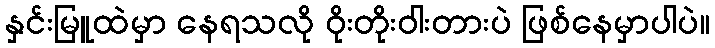
နှင်းမြူထဲမှာ နေရသလို ဝိုးတိုးဝါးတားပဲ ဖြစ်နေမှာပါပဲ။